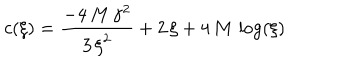
c ( \xi ) = { \frac { - 4 \, M \, { { \gamma } ^ { 2 } } } { 3 \, { { \xi } ^ { 2 } } } } + 2 \, \xi + 4 \, M \, \log ( \xi )